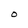
Character: O